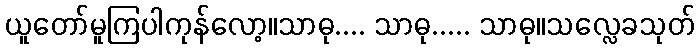
ယူတော်မူကြပါကုန်လော့။သာဓု.... သာဓု..... သာဓု။သလ္လေခသုတ်